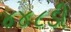
૪૪૮ડી